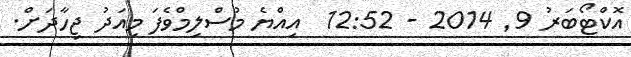
އޮކްޓޯބަރު 9